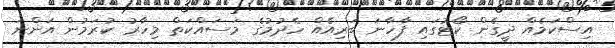
އިސްކަމެއް ދީގެން ކޯޓުގައި ފާހާނަ ބަރިއެއް ހެދުމުގެ މަސައްކަތް މިހާރު ކުރަމުން އަންނަ